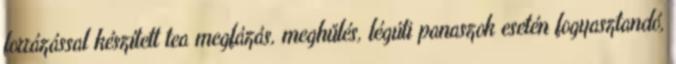
forrázással készített tea megfázás, meghűlés, légúti panaszok esetén fogyasztandó,